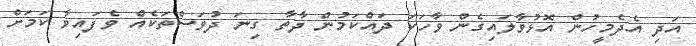
އަދި އެދެމީހުން އޮޅުވާލައިގެން ވާހަކަ ދައްކަމުން ދާތާ ގިނަ ދުވަސްތަކެއް ވެފައިވާ ކަމަށް